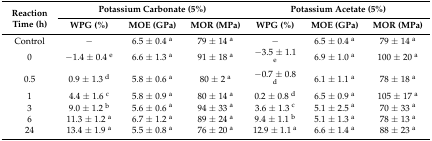
| <ROWSPAN=2> Reaction Time (h) | <COLSPAN=3> Potassium Carbonate (5%) | <COLSPAN=3> Potassium Acetate (5%) |
 | WPG (%) | MOE (GPa) | MOR (MPa) | WPG (%) | MOE (GPa) | MOR (MPa) |
 | --- | --- | --- | --- | --- | --- | --- |
 | Control | − | 6.5 ± 0.4 a | 79 ± 14 a | − | 6.5 ± 0.4 a | 79 ± 14 a |
 | 0 | −1.4 ± 0.4 e | 6.6 ± 1.3 a | 91 ± 18 a | −3.5 ± 1.1 e | 6.9 ± 1.0 a | 100 ± 20 a |
 | 0.5 | 0.9 ± 1.3 d | 5.8 ± 0.6 a | 80 ± 2 a | −0.7 ± 0.8 d | 6.1 ± 1.1 a | 78 ± 18 a |
 | 1 | 4.4 ± 1.6 c | 5.8 ± 0.9 a | 80 ± 14 a | 0.2 ± 0.8 d | 6.5 ± 0.9 a | 105 ± 17 a |
 | 3 | 9.0 ± 1.2 b | 5.6 ± 0.6 a | 94 ± 33 a | 3.6 ± 1.3 c | 5.1 ± 2.5 a | 70 ± 33 a |
 | 6 | 11.3 ± 1.2 a | 6.7 ± 1.2 a | 89 ± 24 a | 9.4 ± 1.1 b | 5.1 ± 1.3 a | 78 ± 13 a |
 | 24 | 13.4 ± 1.9 a | 5.5 ± 0.8 a | 76 ± 20 a | 12.9 ± 1.1 a | 6.6 ± 1.4 a | 88 ± 23 a |